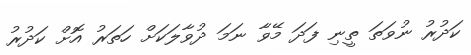
ކަދުރު ނުވަތަ ތީނި ފަދަ މޭވާ ނަމަ ދުވާލަކަށް ހަތަރު އޮށް ކަދުރު